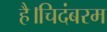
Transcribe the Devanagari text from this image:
है।चिदंबरम